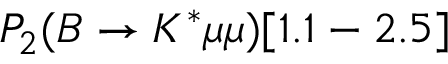
P _ { 2 } ( B \to K ^ { * } \mu \mu ) [ 1 . 1 - 2 . 5 ]